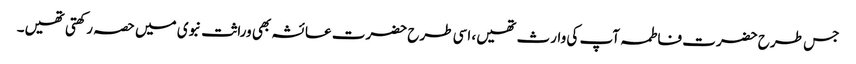
جس طرح حضرت فاطمہ آپ کی وارث تھیں، اسی طرح حضرت عائشہ بھی وراثت نبوی میں حصہ رکھتی تھیں۔